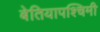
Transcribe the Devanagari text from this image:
बेतियापश्चिमी